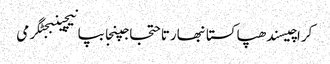
کراچیسندھپاکستانبھارتاحتجاجپنجابپانیچینبجٹگرمی